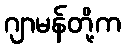
ဂျာမန်တို့က